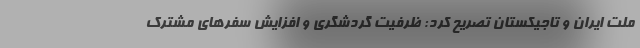
ملت ایران و تاجیکستان تصریح کرد: ظرفیت گردشگری و افزایش سفرهای مشترک